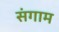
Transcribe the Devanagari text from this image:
संगाम